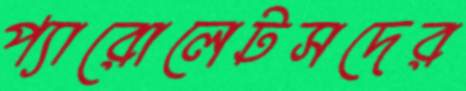
প্যারোলেটসদের